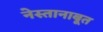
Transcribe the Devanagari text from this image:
नेस्तानाबूत